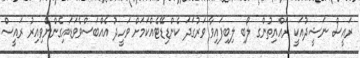
ރައީސް ނަޝީދުއަކީ ރައްޔިތުންގ ލޯބި ލިބިފައިވާ ވަރުގަދަ ކެންޑިޑޭޓެއްކަމަށް ވަހީދު އެއްބަސްވެވަޑައިގެންނެވިއިރު ރައީސް